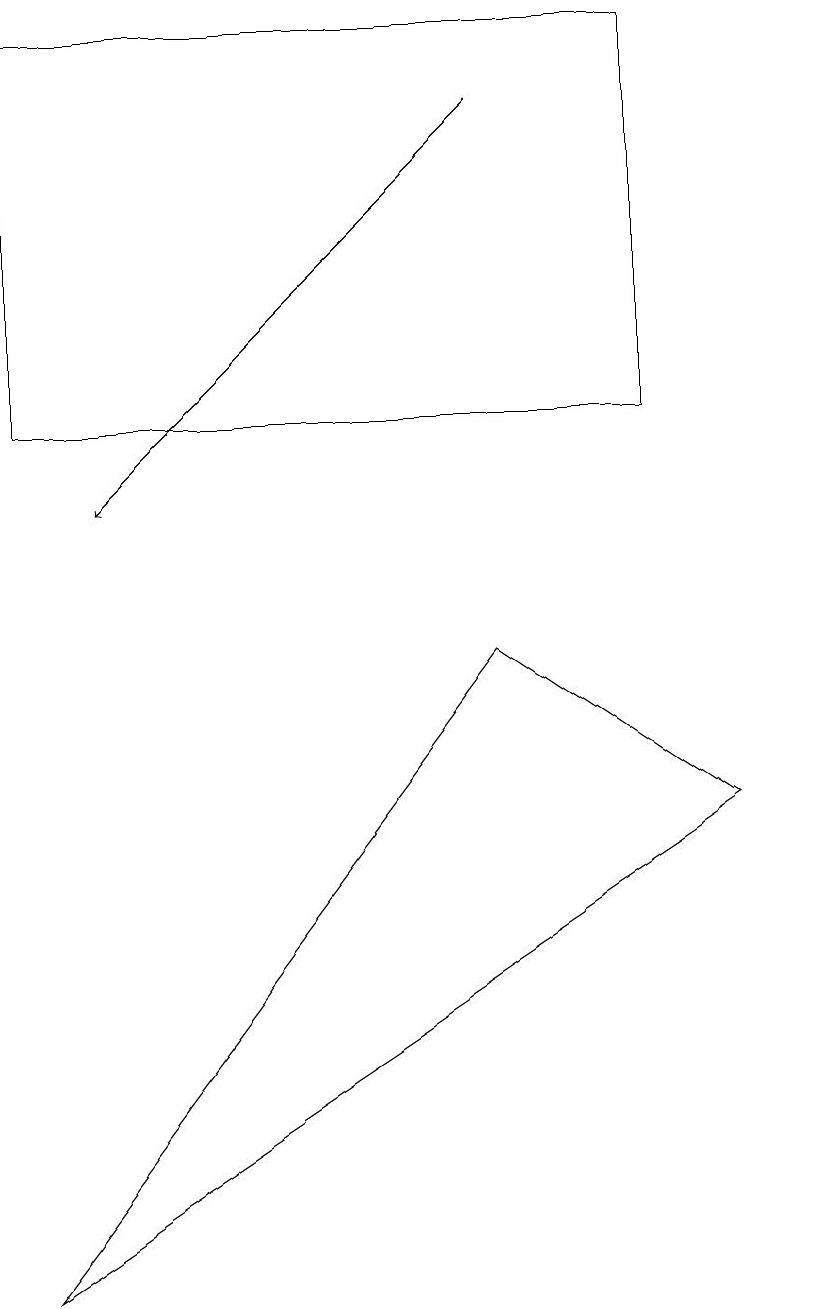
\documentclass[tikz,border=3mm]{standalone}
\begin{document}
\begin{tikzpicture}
\draw (8,17) rectangle (0,12);
\draw (10,12) circle (0);
\draw[->] (6,16) -- (1,11);
\draw (6,9) -- (0,1) -- (9,7) -- cycle;
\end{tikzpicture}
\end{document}